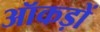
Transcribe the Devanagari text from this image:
ऑकड़ों